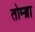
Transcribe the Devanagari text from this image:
तोम्ब्रा